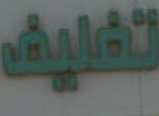
تغليف